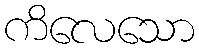
ကိလေသော